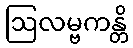
ဩလမ္ဗကန္တိ